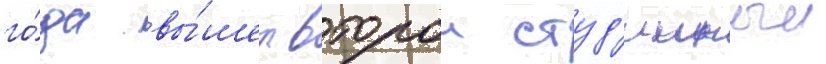
го́да вы́шел второи студ'ииныи